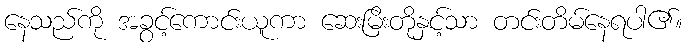
နေသည်ကို အခွင့်ကောင်းယူကာ ဆေးမြိးတိုနှင့်သာ တင်းတိမ်နေရပါ၏။